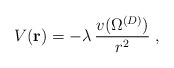
\begin{align*}V({\bf r})= - \lambda\,\frac{v ( \Omega^{({D})} )}{ r^{2} }\; ,\end{align*}